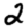
Digit: 2